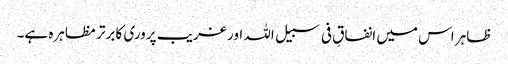
ظاہر اس میں انفاقِ فی سبیل اللہ اور غریب پروری کا برتر مظاہرہ ہے۔